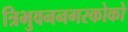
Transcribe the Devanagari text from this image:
त्रिभुवननगरकोको